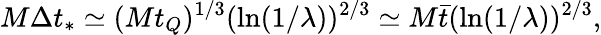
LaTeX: M\Delta t_{*}\simeq(Mt_{Q})^{1/3}(\ln(1/\lambda))^{2/3}\simeq M{\bar{t}}(\ln(1/\lambda))^{2/3},